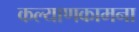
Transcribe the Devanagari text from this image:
कल्याणकामना